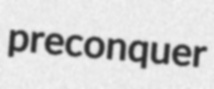
preconquer